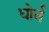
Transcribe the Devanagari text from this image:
धोर्न